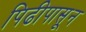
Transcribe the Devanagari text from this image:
पिढीपासून